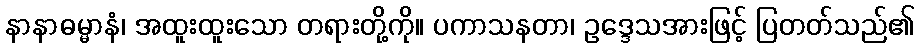
နာနာဓမ္မာနံ၊ အထူးထူးသော တရားတို့ကို။ ပကာသနတာ၊ ဥဒ္ဒေသအားဖြင့် ပြတတ်သည်၏